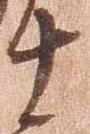
十